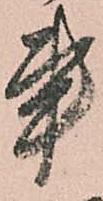
事